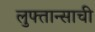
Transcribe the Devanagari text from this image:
लुफ्तान्साची